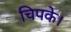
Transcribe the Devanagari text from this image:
चिपके।